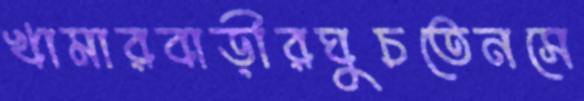
খামারবাড়ীরঘুচতেনসে